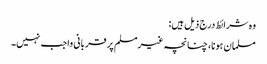
وہ شرائط درج ذیل ہیں:
مسلمان ہونا، چنانچہ غیرمسلم پر قربانی واجب نہیں۔